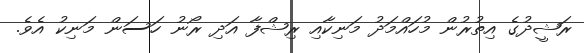
ރަޝީދުގެ އިތުރުން މުހައްމަދު މަނިކާއި ރިޝްފާ އަދި ރޯނު ހަސަން މަނިކު އެވެ.